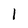
Character: 1